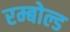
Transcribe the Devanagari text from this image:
रम्बोल्ड